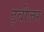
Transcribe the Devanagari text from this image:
ट्वीजर